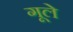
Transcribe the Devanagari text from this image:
गूले